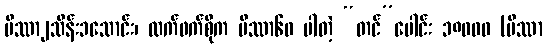
ပိဿာ၂သိန်း၁သောင်း၊ လက်ဖက်စိုက ပိဿာ၆၀ ပါတဲ့ “တင်”ပေါင်း ၁၈၀၀၀ (ပိဿာ